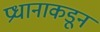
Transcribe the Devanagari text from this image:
प्रधानाकडून